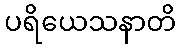
ပရိယေသနာတိ